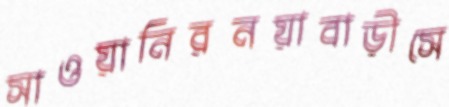
সাওয়ানিরনয়াবাড়ীসে